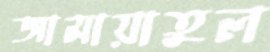
জামায়াতুল